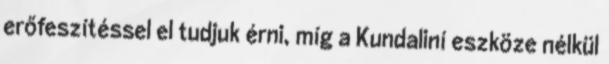
erőfeszítéssel el tudjuk érni, míg a Kundaliní eszköze nélkül